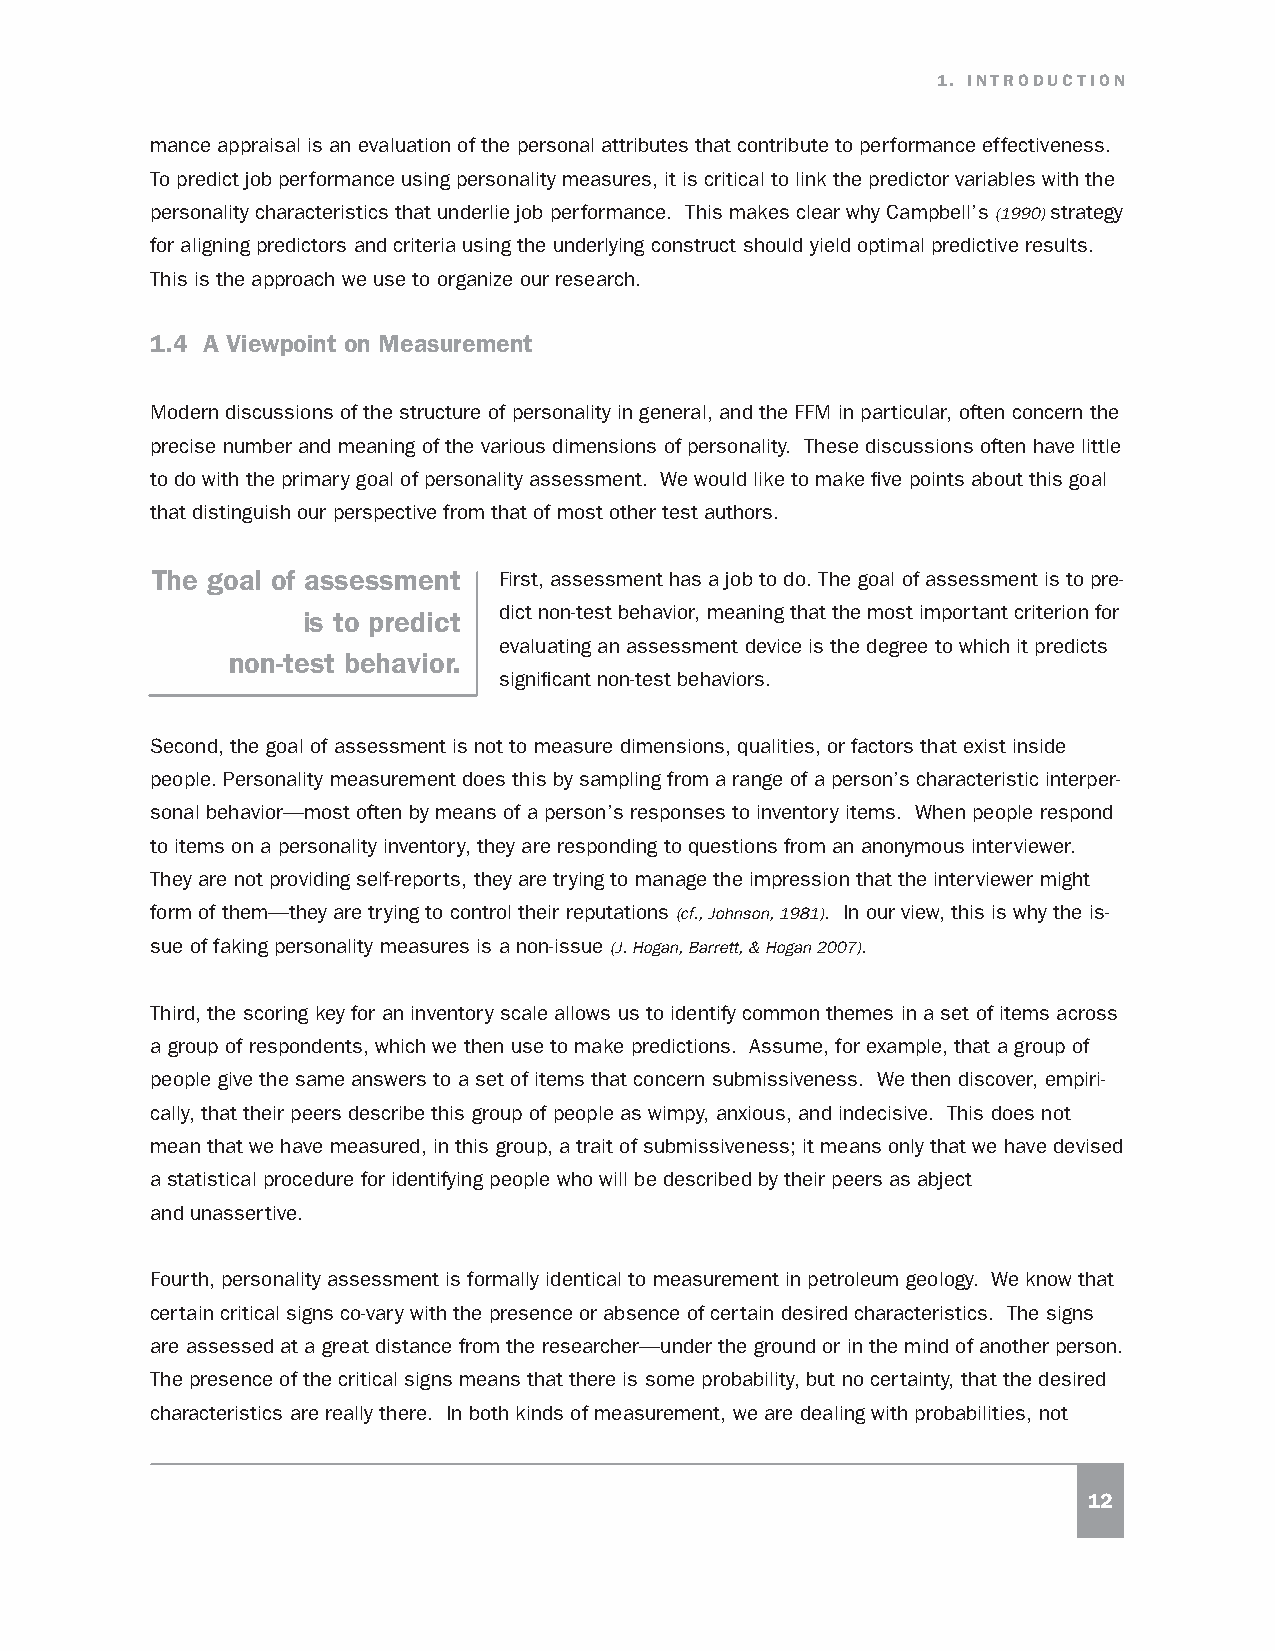
1. INTRODUCTION
 mance appraisal is an evaluation of the personal attributes that contribute to performance effectiveness.
 To predict job performance using personality measures, it is critical to link the predictor variables with the
 personality characteristics that underlie job performance. This makes clear why Campbell’s (1990) strategy
 for aligning predictors and criteria using the underlying construct should yield optimal predictive results.
 This is the approach we use to organize our research.
 1.4 A Viewpoint on Measurement
 Modern discussions of the structure of personality in general, and the FFM in particular, often concern the
 precise number and meaning of the various dimensions of personality. These discussions often have little
 to do with the primary goal of personality assessment. We would like to make five points about this goal
 that distinguish our perspective from that of most other test authors.
 The goal of assessment First, assessment has a job to do. The goal of assessment is to pre-
 is to predict dict non-test behavior, meaning that the most important criterion for
 evaluating an assessment device is the degree to which it predicts
 non-test behavior.
 significant non-test behaviors.
 Second, the goal of assessment is not to measure dimensions, qualities, or factors that exist inside
 people. Personality measurement does this by sampling from a range of a person’s characteristic interper-
 sonal behavior—most often by means of a person’s responses to inventory items. When people respond
 to items on a personality inventory, they are responding to questions from an anonymous interviewer.
 They are not providing self-reports, they are trying to manage the impression that the interviewer might
 form of them—they are trying to control their reputations (cf., Johnson, 1981). In our view, this is why the is-
 sue of faking personality measures is a non-issue (J. Hogan, Barrett, & Hogan 2007).
 Third, the scoring key for an inventory scale allows us to identify common themes in a set of items across
 a group of respondents, which we then use to make predictions. Assume, for example, that a group of
 people give the same answers to a set of items that concern submissiveness. We then discover, empiri-
 cally, that their peers describe this group of people as wimpy, anxious, and indecisive. This does not
 mean that we have measured, in this group, a trait of submissiveness; it means only that we have devised
 a statistical procedure for identifying people who will be described by their peers as abject
 and unassertive.
 Fourth, personality assessment is formally identical to measurement in petroleum geology. We know that
 certain critical signs co-vary with the presence or absence of certain desired characteristics. The signs
 are assessed at a great distance from the researcher—under the ground or in the mind of another person.
 The presence of the critical signs means that there is some probability, but no certainty, that the desired
 characteristics are really there. In both kinds of measurement, we are dealing with probabilities, not
 12